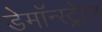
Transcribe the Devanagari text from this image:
डेमॉन्स्ट्रेटर